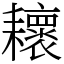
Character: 耲